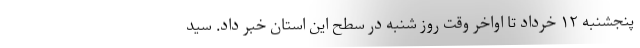
پنجشنبه ۱۲ خرداد تا اواخر وقت روز شنبه در سطح این استان خبر داد. سید